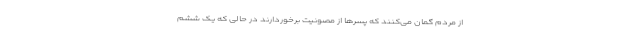
از مردم گمان می‌کنند که پسرها از مصونیت برخوردارند در حالی که یک ششم